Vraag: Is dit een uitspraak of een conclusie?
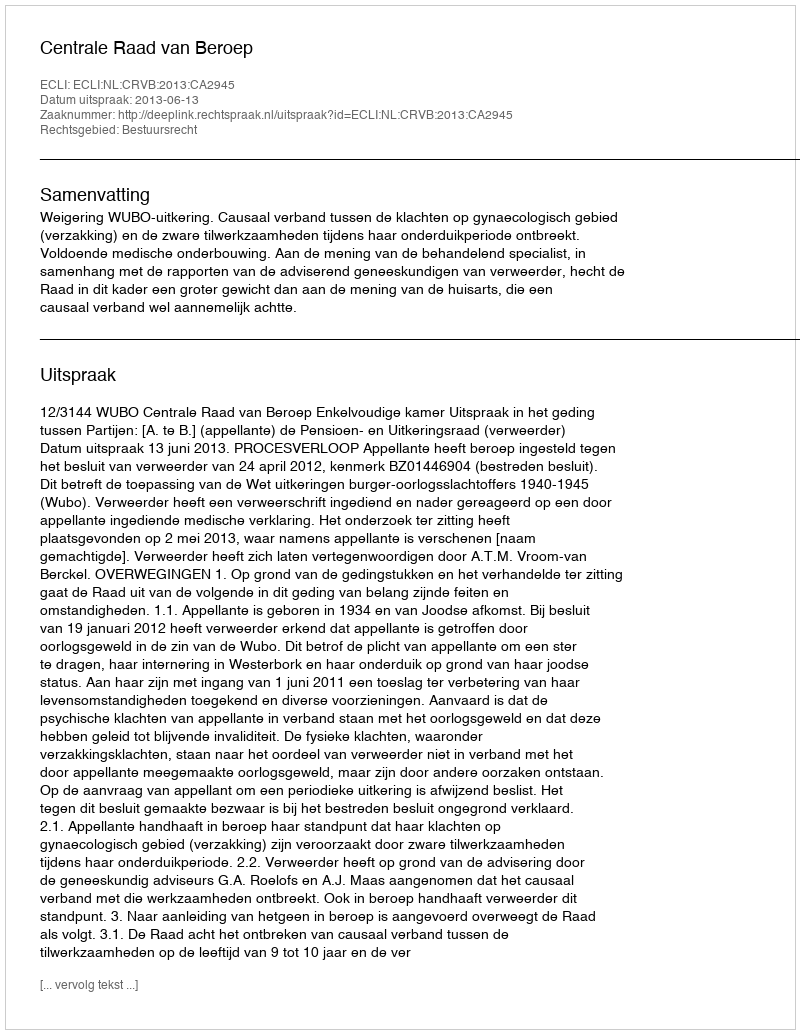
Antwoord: Uitspraak